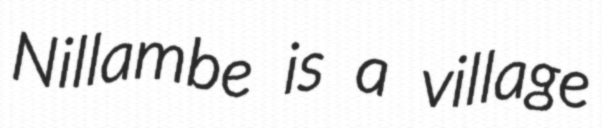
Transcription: Nillambe is a village